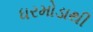
ધરમોડાથી